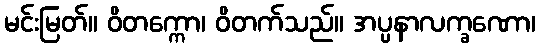
မင်းမြတ်။ ဝိတက္ကော၊ ဝိတက်သည်။ အပ္ပနာလက္ခဏော၊